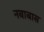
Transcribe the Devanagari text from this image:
नबाबास